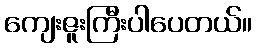
ကျေးဇူးကြီးပါပေတယ်။